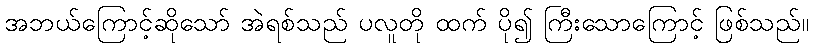
အဘယ်ကြောင့်ဆိုသော် အဲရစ်သည် ပလူတို ထက် ပို၍ ကြီးသောကြောင့် ဖြစ်သည်။